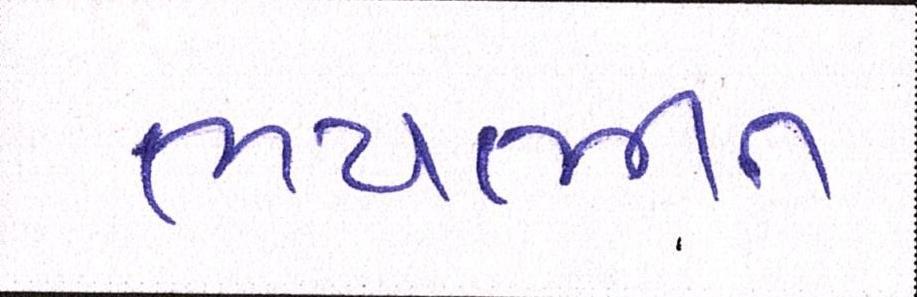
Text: ભયભીત